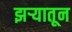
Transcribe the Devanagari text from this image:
झऱ्यातून